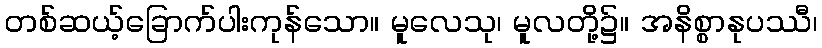
တစ်ဆယ့်ခြောက်ပါးကုန်သော။ မူလေသု၊ မူလတို့၌။ အနိစ္စာနုပဿီ၊